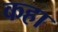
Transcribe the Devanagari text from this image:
कहा